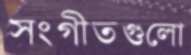
সংগীতগুলো